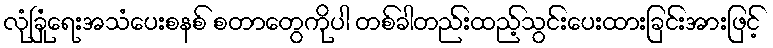
လုံခြုံရေးအသံပေးစနစ် စတာတွေကိုပါ တစ်ခါတည်းထည့်သွင်းပေးထားခြင်းအားဖြင့်